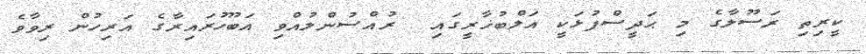
ކީރިތި ރަސޫލާގެ މި ޙަދީސްފުޅަކީ އަލްބުޚާރީގައި  ރުއްސުންލުއްވި އަބޫހުރައިރާގެ އަރިހުން ރިވާވެ